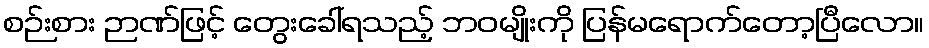
စဉ်းစား ဉာဏ်ဖြင့် တွေးခေါ်ရသည့် ဘဝမျိုးကို ပြန်မရောက်တော့ပြီလော။